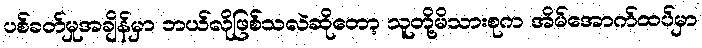
ပစ်ခတ်မှုအချိန်မှာ ဘယ်လိုဖြစ်သလဲဆိုတော့ သူတို့မိသားစုက အိမ်အောက်ထပ်မှာ